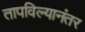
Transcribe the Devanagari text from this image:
तापविल्यानंतर